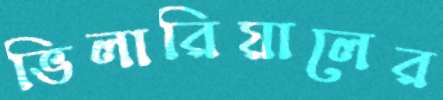
ভিলারিয়ালের